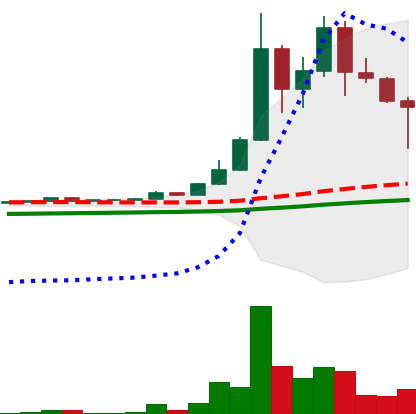
Ticker: DOGE-USD
Chart end date: 2021-04-23
Forward return: 30.25%
Label: up_7plus